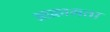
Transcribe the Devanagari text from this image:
आक्रामता